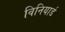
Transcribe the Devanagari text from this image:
विनियार्ड